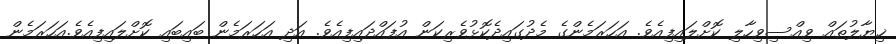
ޚިޔާލުތައް ވިއްސިވިހާލި ކޮށްލައިފިއެވެ. އަހަރަމެންގެ މެދުގައިދެކޮޅުވެރިކަން އުފައްދައިފިއެވެ. އަދި އަހަރަމެން ބައިބައި ކޮށްލައިފިއެވެ.އަހަރަމެން